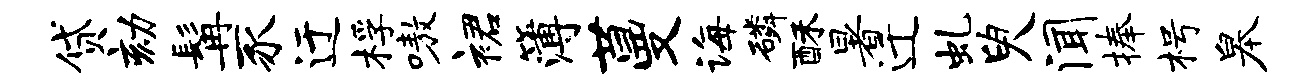
贷劾髯豕迂桴嗷裙簿蔓诲磷酥暑迁虬臾闻捧枵皋